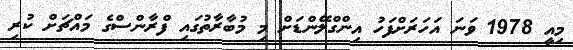
މިއީ 1978 ވަނަ އަހަރަށްފަހު އިންގްލޭންޑަށް މި މުބާރާތުގައި ފްރާންސްގެ މައްޗަށް ކުރި